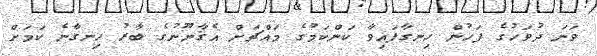
ވަނަ ދުވަހުގެ ފަހުން ހިނގާފައިވާ ކަންކަމުގެ މައްޗަށް އެޤާނޫނުގެ ބާރު ހިނގާނެ ކަމަށް